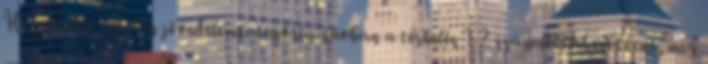
Hozzátette: minden jövedelemkategória-sávban a terhelés 1-2 százalékkal csökkent, míg